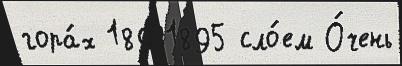
гора́х 18931895 сло́ем О́чень